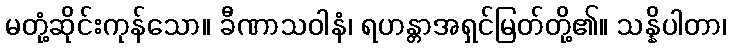
မတုံ့ဆိုင်းကုန်သော။ ခီဏာသဝါနံ၊ ရဟန္တာအရှင်မြတ်တို့၏။ သန္နိပါတာ၊